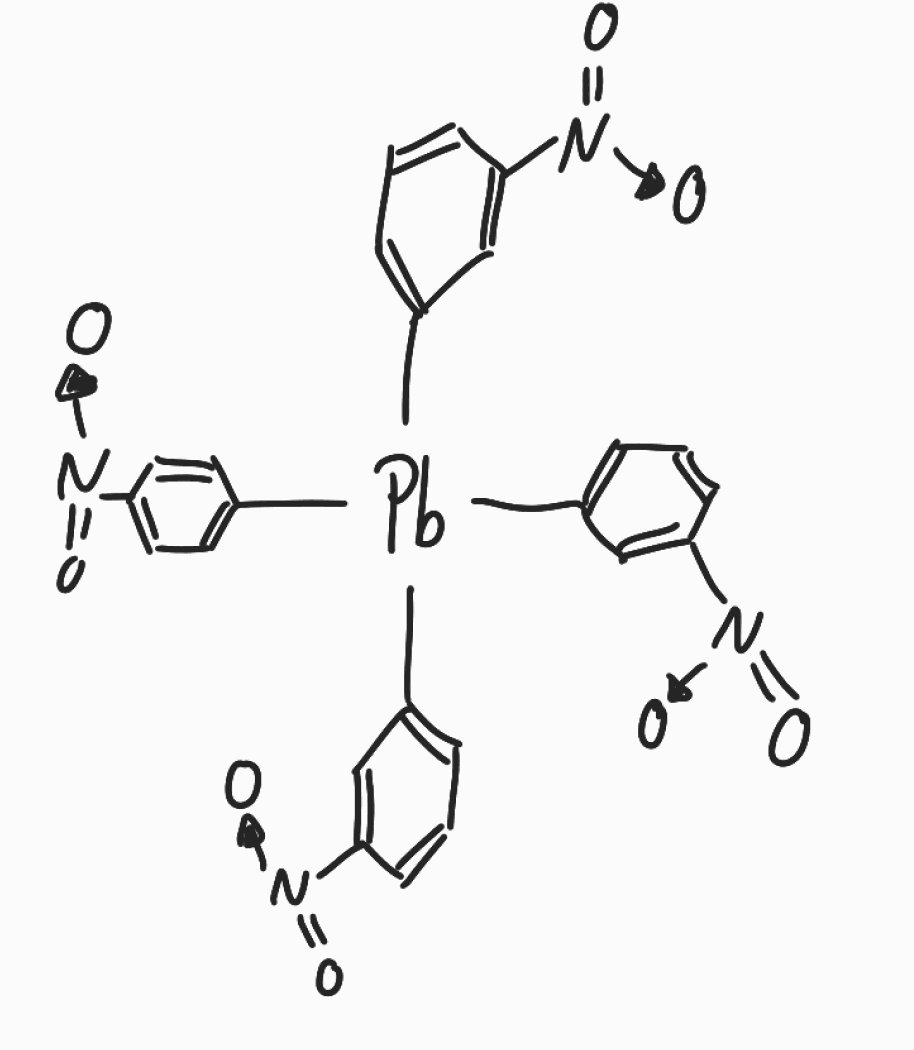
Simplified molecular-input line-entry system (SMILES) notation of the given molecule:
C1=CC(=CC(=C1)[Pb](C2=CC=CC(=C2)[N+](=O)[O-])(C3=CC=CC(=C3)[N+](=O)[O-])C4=CC=CC(=C4)[N+](=O)[O-])[N+](=O)[O-]